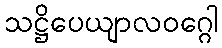
သဋ္ဌိပေယျာလဝဂ္ဂေါ